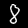
Label: 8